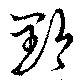
黔